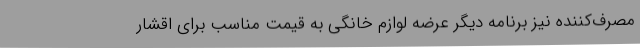
مصرف‌کننده نیز برنامه دیگر عرضه لوازم خانگی به قیمت مناسب برای اقشار